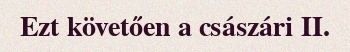
Ezt követően a császári II.